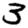
Digit: 3